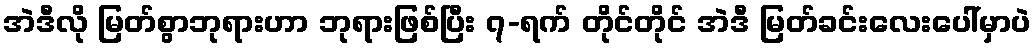
အဲဒီလို မြတ်စွာဘုရားဟာ ဘုရားဖြစ်ပြီး ၇-ရက် တိုင်တိုင် အဲဒီ မြတ်ခင်းလေးပေါ်မှာပဲ